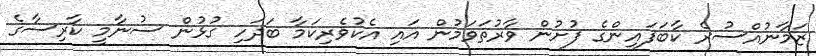
ޒަމާނުއްސުރެ ކާބަފައިންގެ ފުށުން ވާރުތަވަމުން އައި އެކުވެރިކަމާ ބަދަހި ގުޅުން ސުނާމީ ކާރިސާގެ